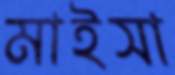
মাইসা